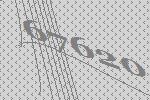
67620